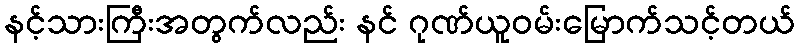
နင့်သားကြီးအတွက်လည်း နင် ဂုဏ်ယူဝမ်းမြောက်သင့်တယ်